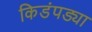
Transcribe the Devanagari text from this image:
किडंपड्या